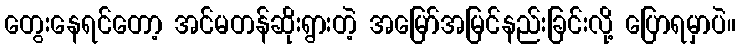
တွေးနေရင်တော့ အင်မတန်ဆိုးရွားတဲ့ အမြော်အမြင်နည်းခြင်းလို့ ပြောရမှာပဲ။